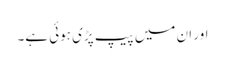
اور ان میں پیپ پڑی ہوئی ہے۔